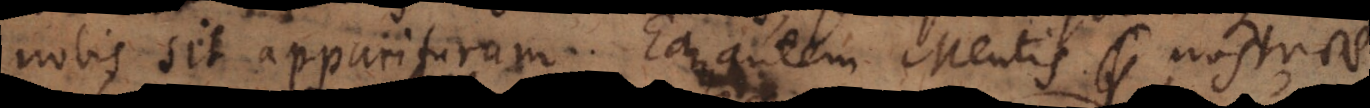
nobis sit appariturum. Eam autem Mentis nostrae